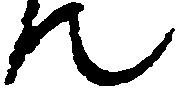
て